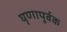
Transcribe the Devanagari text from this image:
घृणापूर्वक